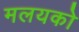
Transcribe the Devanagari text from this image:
मलयको